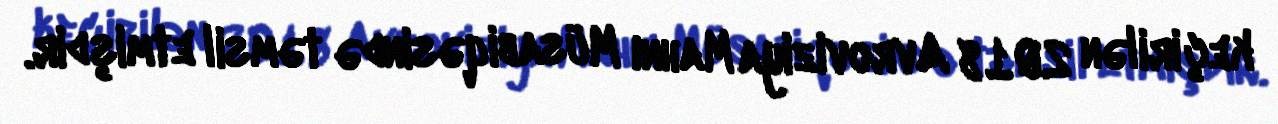
keçirilən 2018 Avroviziya Mahnı Müsabiqəsində təmsil etmişdir.